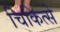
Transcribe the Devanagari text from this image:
चिकित्से